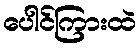
ပေါင်ကြားထဲ